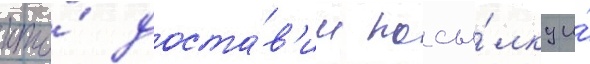
кто́ доста́в'ил посы́лку и́